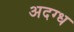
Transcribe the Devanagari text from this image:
अदग्ध